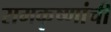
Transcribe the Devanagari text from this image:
रामकृष्णांची